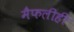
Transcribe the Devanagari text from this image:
मैफलीही